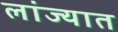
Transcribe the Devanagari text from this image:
लांज्यात